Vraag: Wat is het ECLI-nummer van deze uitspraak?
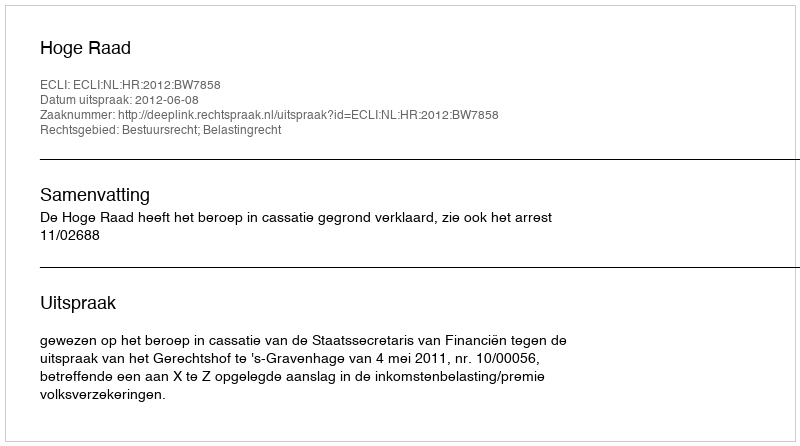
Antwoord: ECLI:NL:HR:2012:BW7858